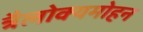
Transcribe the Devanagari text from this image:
त्रैलोक्यमोहन